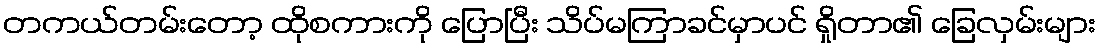
တကယ်တမ်းတော့ ထိုစကားကို ပြောပြီး သိပ်မကြာခင်မှာပင် ရှိုတာ၏ ခြေလှမ်းများ